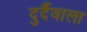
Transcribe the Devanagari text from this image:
दुर्दैवाला